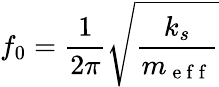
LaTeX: f_{0}=\frac{1}{2\pi}\sqrt{\frac{k_{s}}{m_{\mathrm{~e~f~f~}}}}